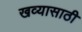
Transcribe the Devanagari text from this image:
खव्यासाठी